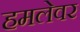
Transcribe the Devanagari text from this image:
हमलेवर